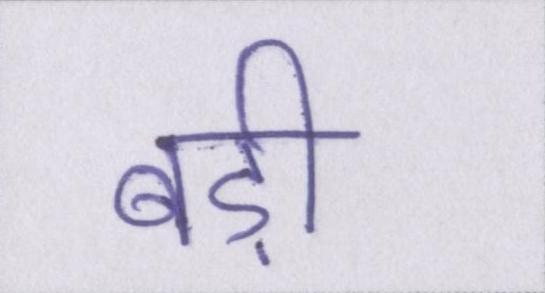
बड़ी